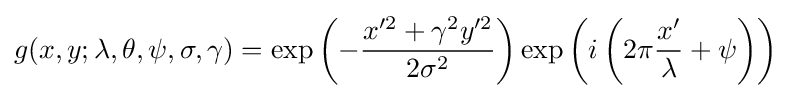
g(x,y;\lambda ,\theta ,\psi ,\sigma ,\gamma )=\exp \left(-{\frac {x'^{2}+\gamma ^{2}y'^{2}}{2\sigma ^{2}}}\right)\exp \left(i\left(2\pi {\frac {x'}{\lambda }}+\psi \right)\right)